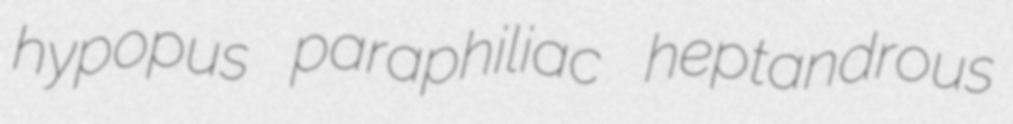
hypopus paraphiliac heptandrous